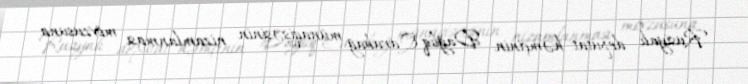
Rusiyalı deputat həmçinin Dağlıq Qarabağ münaqişəsinin nizamlanması mövzusuna